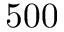
5 0 0